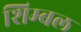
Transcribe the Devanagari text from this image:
शिम्बल